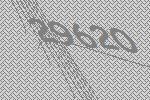
29620